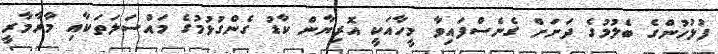
ފުލުހުންގެ ބެލުމުގެ ދަށަށް ގެނެސްފައިވާ މީހާއަކީ އޮރިޔާން ކާޑު ގެންގުޅުމުގެ މައްސަލަތަކާއި މާރާމާރީ